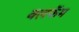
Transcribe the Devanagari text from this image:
क्लफॅम